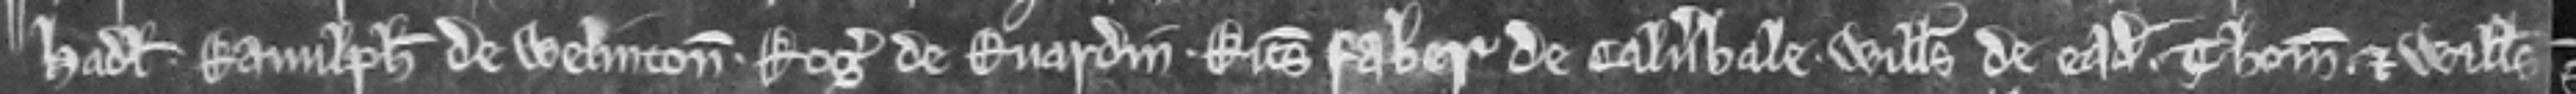
Hadl. Ranulphus de Welinton. Rogerus de Ruardin. Ricardus Faber de Calverhale. Willelmus de eadem. Thomas et Willelmus